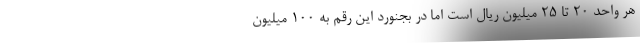
هر واحد ۲۰ تا ۲۵ میلیون ریال است اما در بجنورد این رقم به ۱۰۰ میلیون